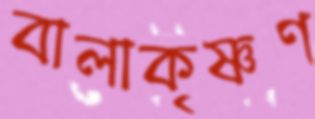
বালাকৃষ্ণণ